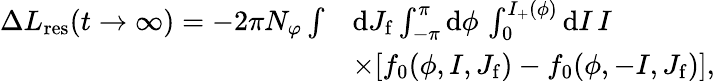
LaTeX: \begin{array}{rl}{\Delta L_{\mathrm{res}}(t\to\infty)=-2\pi N_{\varphi}\int}&{\mathrm{d}J_{\mathrm{f}}\int_{-\pi}^{\pi}\mathrm{d}\phi\, \int_{0}^{I_{+}(\phi)}\mathrm{d}I\, I}\\ &{\times[f_{0}(\phi,I,J_{\mathrm{f}})-f_{0}(\phi,-I,J_{\mathrm{f}})],}\end{array}